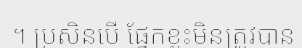
។ ប្រសិនបើ ផ្នែកខ្លះមិនត្រូវបាន